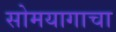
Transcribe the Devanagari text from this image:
सोमयागाचा